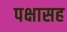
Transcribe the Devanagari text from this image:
पक्षासह